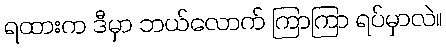
ရထားက ဒီမှာ ဘယ်လောက် ကြာကြာ ရပ်မှာလဲ။